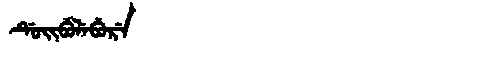
Manchu: ᡩᡠᡳᠪᡠᠯᡝᠪᡠᡵᡝ
Romanization: DUIBULEBURE